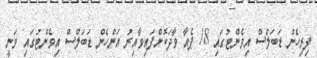
ފިރިހެން ޑަބަލްސް އިވެންޓުގައި 18 ޕެއާ ވާދަކޮށްފައިވާއިރު އަންހެން ޑަބަލްސް އިވެންޓުގައި ވަނީ